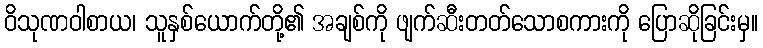
ဝိသုဏဝါစာယ၊ သူနှစ်ယောက်တို့၏ အချစ်ကို ဖျက်ဆီးတတ်သောစကားကို ပြောဆိုခြင်းမှ။